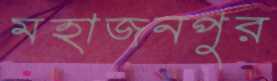
মহাজনপুর